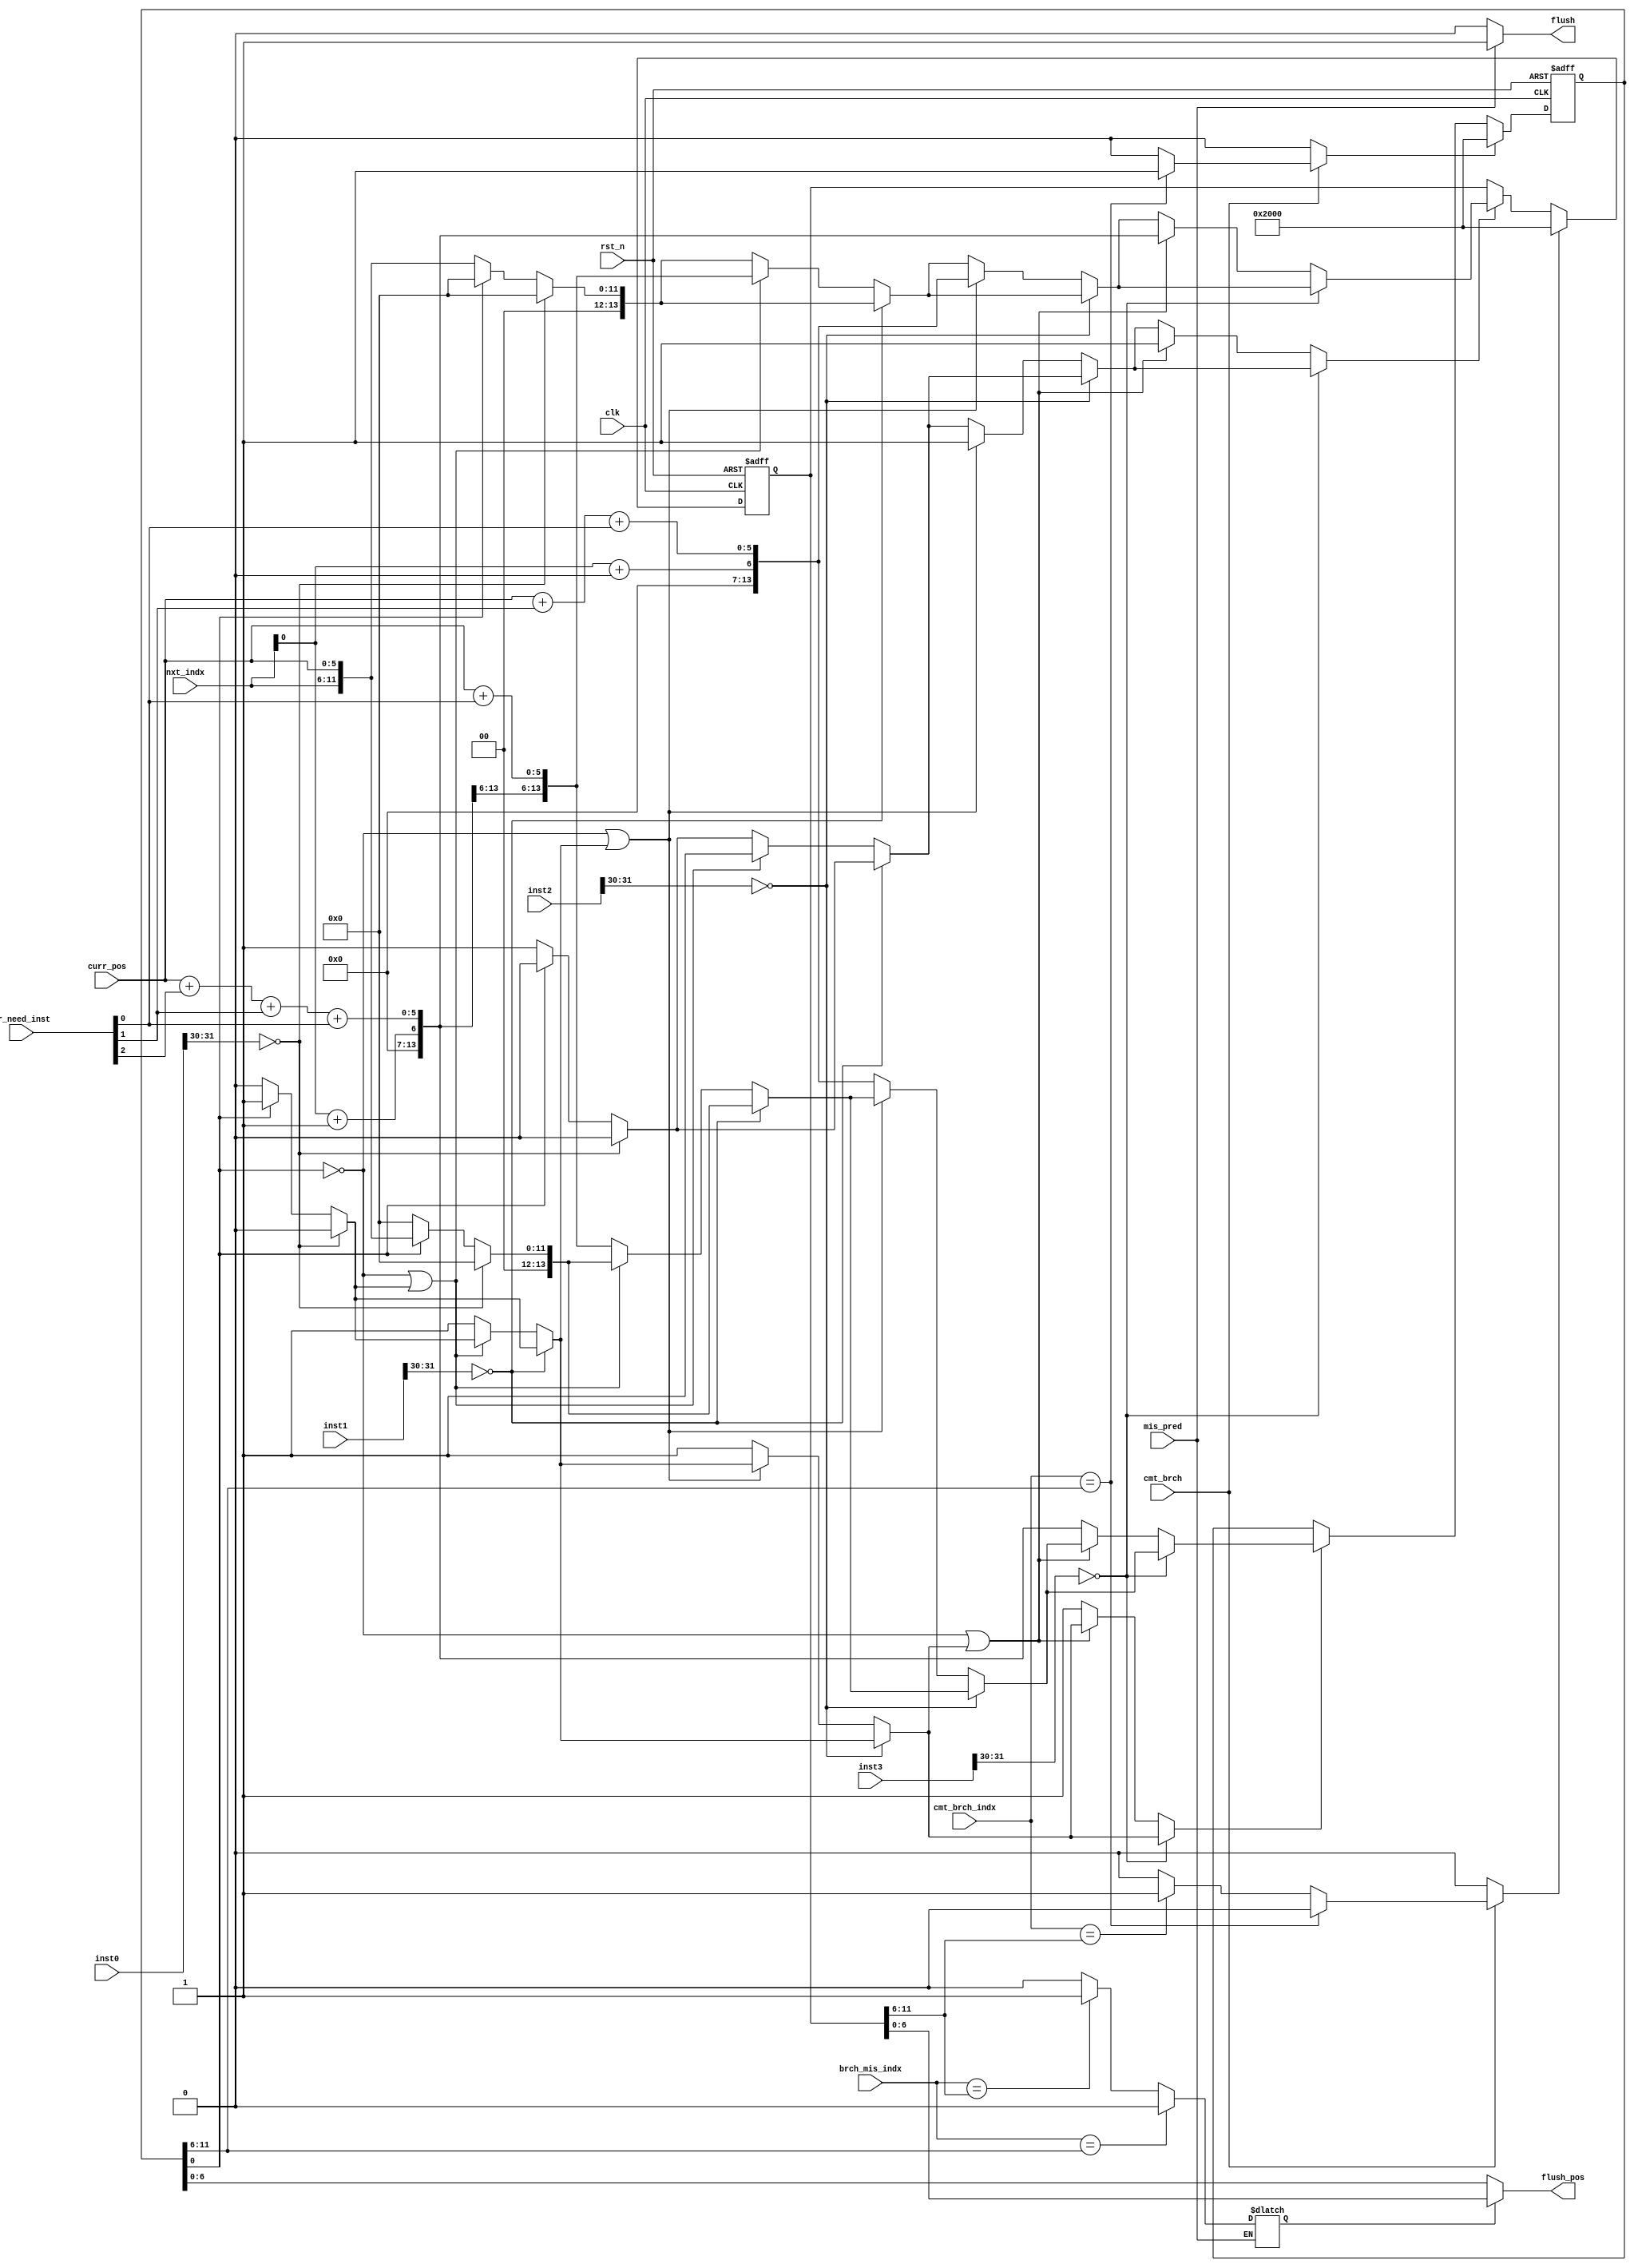
`default_nettype none
module branchUnit(/*autoarg*/
   // Outputs
   flush_pos, flush,
   // Inputs
   inst0, inst1, inst2, inst3, nxt_indx, brch_mis_indx, curr_pos,
   pr_need_inst, mis_pred, cmt_brch_indx, cmt_brch, clk, rst_n
   );
   input wire [65:0] inst0,inst1, inst2, inst3;
   input wire [5:0] 	nxt_indx;
   input wire [5:0] 	brch_mis_indx;
   input wire [5:0] 	curr_pos;
   input wire [3:0] 	pr_need_inst;
   input wire 		mis_pred;
   input wire [5:0] 	cmt_brch_indx;
   input wire 		cmt_brch;
   output wire [6:0] 	flush_pos;
   output reg 		flush; 		
   input wire 		clk,rst_n;
   
   wire 	     indx1,indx2,indx3;
   wire [5:0] 	     curr_pos1,curr_pos2,curr_pos3;
   reg [13:0] 	     pos_reg0,pos_reg1; // {free|brch_indx|pointer_pos}
   wire 	     brch0,brch1,brch2,brch3;
   reg 		     pos_reg0_en,pos_reg1_en;
   reg [13:0]	     pos_reg0_input,pos_reg1_input;
   reg 		     pos_reg0_clr,pos_reg1_clr;
   reg 		     flush_pos_sel;
   
   
   assign indx1 = nxt_indx + 1;
   assign indx2 = nxt_indx + 2;
   assign indx3 = nxt_indx + 3;

   assign curr_pos1 = curr_pos + pr_need_inst[0];
   assign curr_pos2 = curr_pos + pr_need_inst[1] + pr_need_inst[0];
   assign curr_pos3 = curr_pos + pr_need_inst[2] + pr_need_inst[1] + pr_need_inst[0];
   

   assign brch0 = (inst0[31:30] == 2'b00) ? 0:1;
   assign brch1 = (inst1[31:30] == 2'b00) ? 0:1;
   assign brch2 = (inst2[31:30] == 2'b00) ? 0:1;
   assign brch3 = (inst3[31:30] == 2'b00) ? 0:1;

   //when a branch instruction comes in
   always@(brch0,brch1,brch2,brch3)
     begin
	pos_reg0_en = 1'b0;
	pos_reg1_en = 1'b0;
	pos_reg0_input = 13'b0;
	pos_reg1_input = 13'b0;
	
	if(brch0) 
	  begin
	     if(pos_reg0[0])
	       begin
		  pos_reg0_en = 1'b1;
		  pos_reg0_input = {1'b0,nxt_indx,curr_pos};
	       end
	     else
	       begin
		  pos_reg1_en = 1'b1;
		  pos_reg1_input = {1'b0,nxt_indx,curr_pos};
	       end
	  end
   
	if(brch1)
	  begin
	     if(!pos_reg0[0] ||  pos_reg0_en)
	       begin
		  pos_reg1_en = 1'b1;
		  pos_reg1_input = {1'b0,indx1,curr_pos1};
	       end
	     else
	       begin
		  pos_reg0_en = 1'b1;
		  pos_reg0_input = {1'b0,indx1,curr_pos1};
	       end
	  end // if (brch1)

	if(brch2)
	  begin
	     if(!pos_reg0[0] ||  pos_reg0_en)
	       begin
		  pos_reg1_en = 1'b1;
		  pos_reg1_input = {1'b0,indx2,curr_pos2};
	       end
	     else
	       begin
		  pos_reg0_en = 1'b1;
		  pos_reg0_input = {1'b0,indx2,curr_pos2};
	       end
	  end // if (brch2)
	
	if(brch3)
	  begin
	     if(!pos_reg0[0] ||  pos_reg0_en)
	       begin
		  pos_reg1_en = 1'b1;
		  pos_reg1_input = {1'b0,indx3,curr_pos3};
	       end
	     else
	       begin
		  pos_reg0_en = 1'b1;
		  pos_reg0_input = {1'b0,indx3,curr_pos3};
	       end
	  end // if (brch3)
     end // always@ (brch0,brch1,brch2,brch3)

   always@(/*autosense*/cmt_brch or cmt_brch_indx or pos_reg0
	   or pos_reg1)
     begin
	pos_reg0_clr = 1'b0;
	pos_reg1_clr = 1'b0;
 
	if(cmt_brch)
	  begin
	     if(cmt_brch_indx == pos_reg0[11:6])
	       pos_reg0_clr = 1'b1;
	     else if(cmt_brch_indx == pos_reg1[11:6])
	       pos_reg1_clr = 1'b1;
	     else
	       begin
		  pos_reg0_clr = 1'b0;
		  pos_reg1_clr = 1'b0;
	       end
	     
	  end
     end // always@ (...
   

   always@(/*autosense*/brch_mis_indx or mis_pred or pos_reg0
	   or pos_reg1)
     begin
	flush = 1'b0;
	if(mis_pred)
	  begin
	     flush = 1'b1;
	     if(brch_mis_indx == pos_reg0[11:6])
	       flush_pos_sel = 1'b0;
	     else if(brch_mis_indx == pos_reg1[11:6])
	       flush_pos_sel = 1'b1;
	     else
	       flush_pos_sel = 1'b0;
	  end
     end // always@ (...
   
	
   
   //pos_register 0
   always@(posedge clk,negedge rst_n)
     begin
	if(!rst_n)
	  pos_reg0 <= 13'b0;
	else if (pos_reg0_clr)
	  pos_reg0 <= {1'b1,13'b0};
	else if (pos_reg0_en)
	  pos_reg0 <= pos_reg0_input;
	else
	  pos_reg0 <= pos_reg0;
     end

   //pos_register 1
   always@(posedge clk,negedge rst_n)
     begin
	if(!rst_n)
	  pos_reg1 <= 13'b0;
	else if (pos_reg1_clr)
	  pos_reg1 <= {1'b1,13'b0};
	else if (pos_reg1_en)
	  pos_reg1 <= pos_reg1_input;
	else
	  pos_reg1 <= pos_reg1;
     end
   
   assign flush_pos = flush_pos_sel ? pos_reg1:pos_reg0;
   

   
   
endmodule // branchUnit